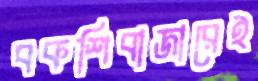
বকশিবাজারেই